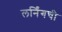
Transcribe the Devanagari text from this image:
लर्निंगची